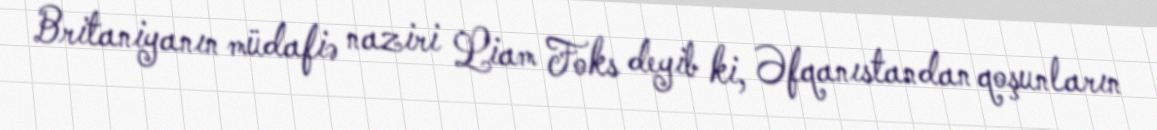
Britaniyanın müdafiə naziri Liam Foks deyib ki, Əfqanıstandan qoşunların